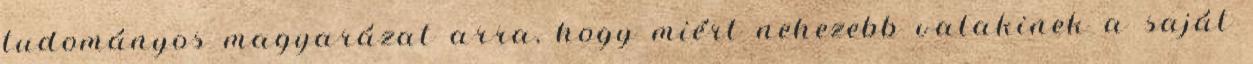
tudományos magyarázat arra, hogy miért nehezebb valakinek a saját